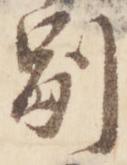
別